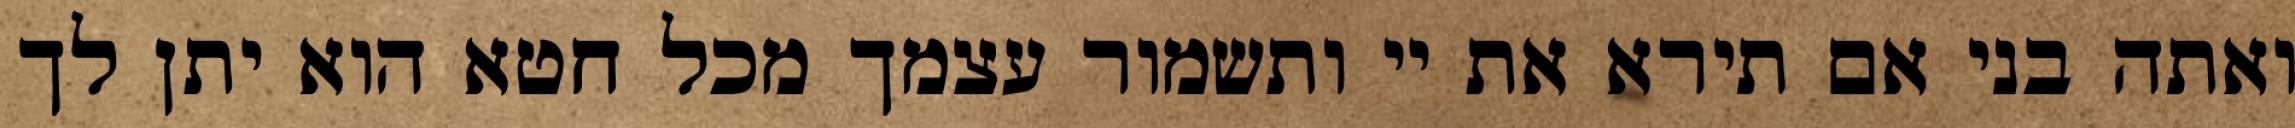
ואתה בני אם תירא את יי ותשמור עצמך מכל חטא הוא יתן לך